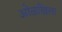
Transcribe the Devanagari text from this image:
ओळखिला